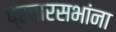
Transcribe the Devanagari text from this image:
प्रचारसभांना